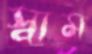
স্বাম